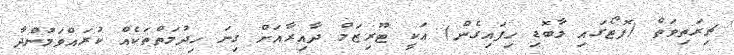
ޗިރަތިވަތް (ފޮޓޯގައި މާބޮޑި ހިފައިގެން) އަކީ ޓޫރިޒަމް ދާއިރާއަށް ގިނަ ހިދުމަތްތަކެއް ކުރައްވަމުންދާ